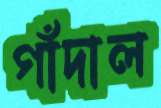
গাঁদাল